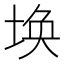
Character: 𮰥